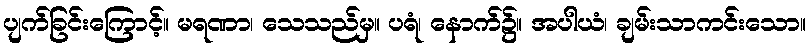
ပျက်ခြင်းကြောင့်။ မရဏာ၊ သေသည်မှ။ ပရံ၊ နောက်၌။ အပါယံ၊ ချမ်းသာကင်းသော။